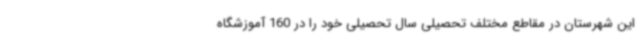
این شهرستان در مقاطع مختلف تحصیلی سال تحصیلی خود را در 160 آموزشگاه